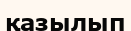
қазылып